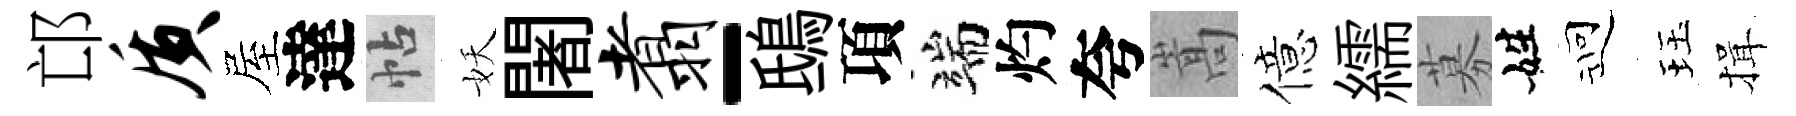
邙质屋達帖妖闍翥-鴟項端灼夸嵩億繻募姓迎珏揖